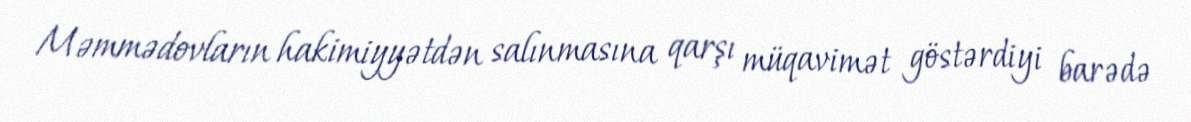
Məmmədovların hakimiyyətdən salınmasına qarşı müqavimət göstərdiyi barədə